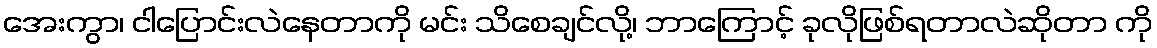
အေးကွာ၊ ငါပြောင်းလဲနေတာကို မင်း သိစေချင်လို့၊ ဘာကြောင့် ခုလိုဖြစ်ရတာလဲဆိုတာ ကို